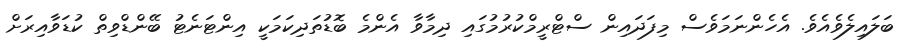
ބަލައިލެވެއެވެ. އެހެންނަމަވެސް މިފަދައިން ސްޓްރީމްކުރުމުގައި ދިމާވާ އެންމެ ބޮޑުތަދިކަމަކީ އިންޓަނެޓު ބޭންޑްވިތް ކުޑަވާއިރަށް